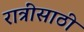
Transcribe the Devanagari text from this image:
रात्रींसाठी